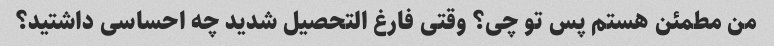
من مطمئن هستم پس تو چی؟ وقتی فارغ التحصیل شدید چه احساسی داشتید؟